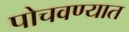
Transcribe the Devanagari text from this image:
पोचवण्यात